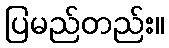
ပြမည်တည်း။